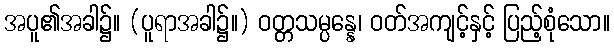
အပူ၏အခါ၌။ (ပူရာအခါ၌။) ဝတ္တသမ္ပန္နေ၊ ဝတ်အကျင့်နှင့် ပြည့်စုံသော။